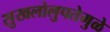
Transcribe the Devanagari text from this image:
सुखलोलुपतेमुळे